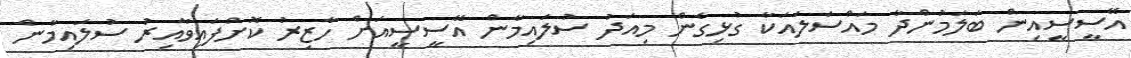
އޭސީސީއިން ބަލަމުންދާ މައްސަލައަކާ ގުޅިގެން މިއަދު ސުލައިމާން އޭސީސީއަށް ހާޒިރު ކޮށްފައިވާއިރު ސުލައިމާން